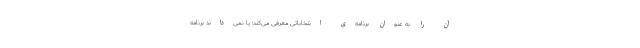
آن را به عنوان برنامه‌‌ی انتخاباتی معرفی می‌کند؛ یا نمی‌داند برنامه